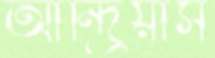
আন্দ্রিয়াস